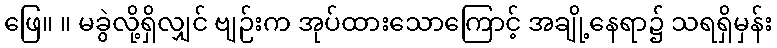
ဖြေ။ ။ မခွဲလို့ရှိလျှင် ဗျဉ်းက အုပ်ထားသောကြောင့် အချို့နေရာ၌ သရရှိမှန်း